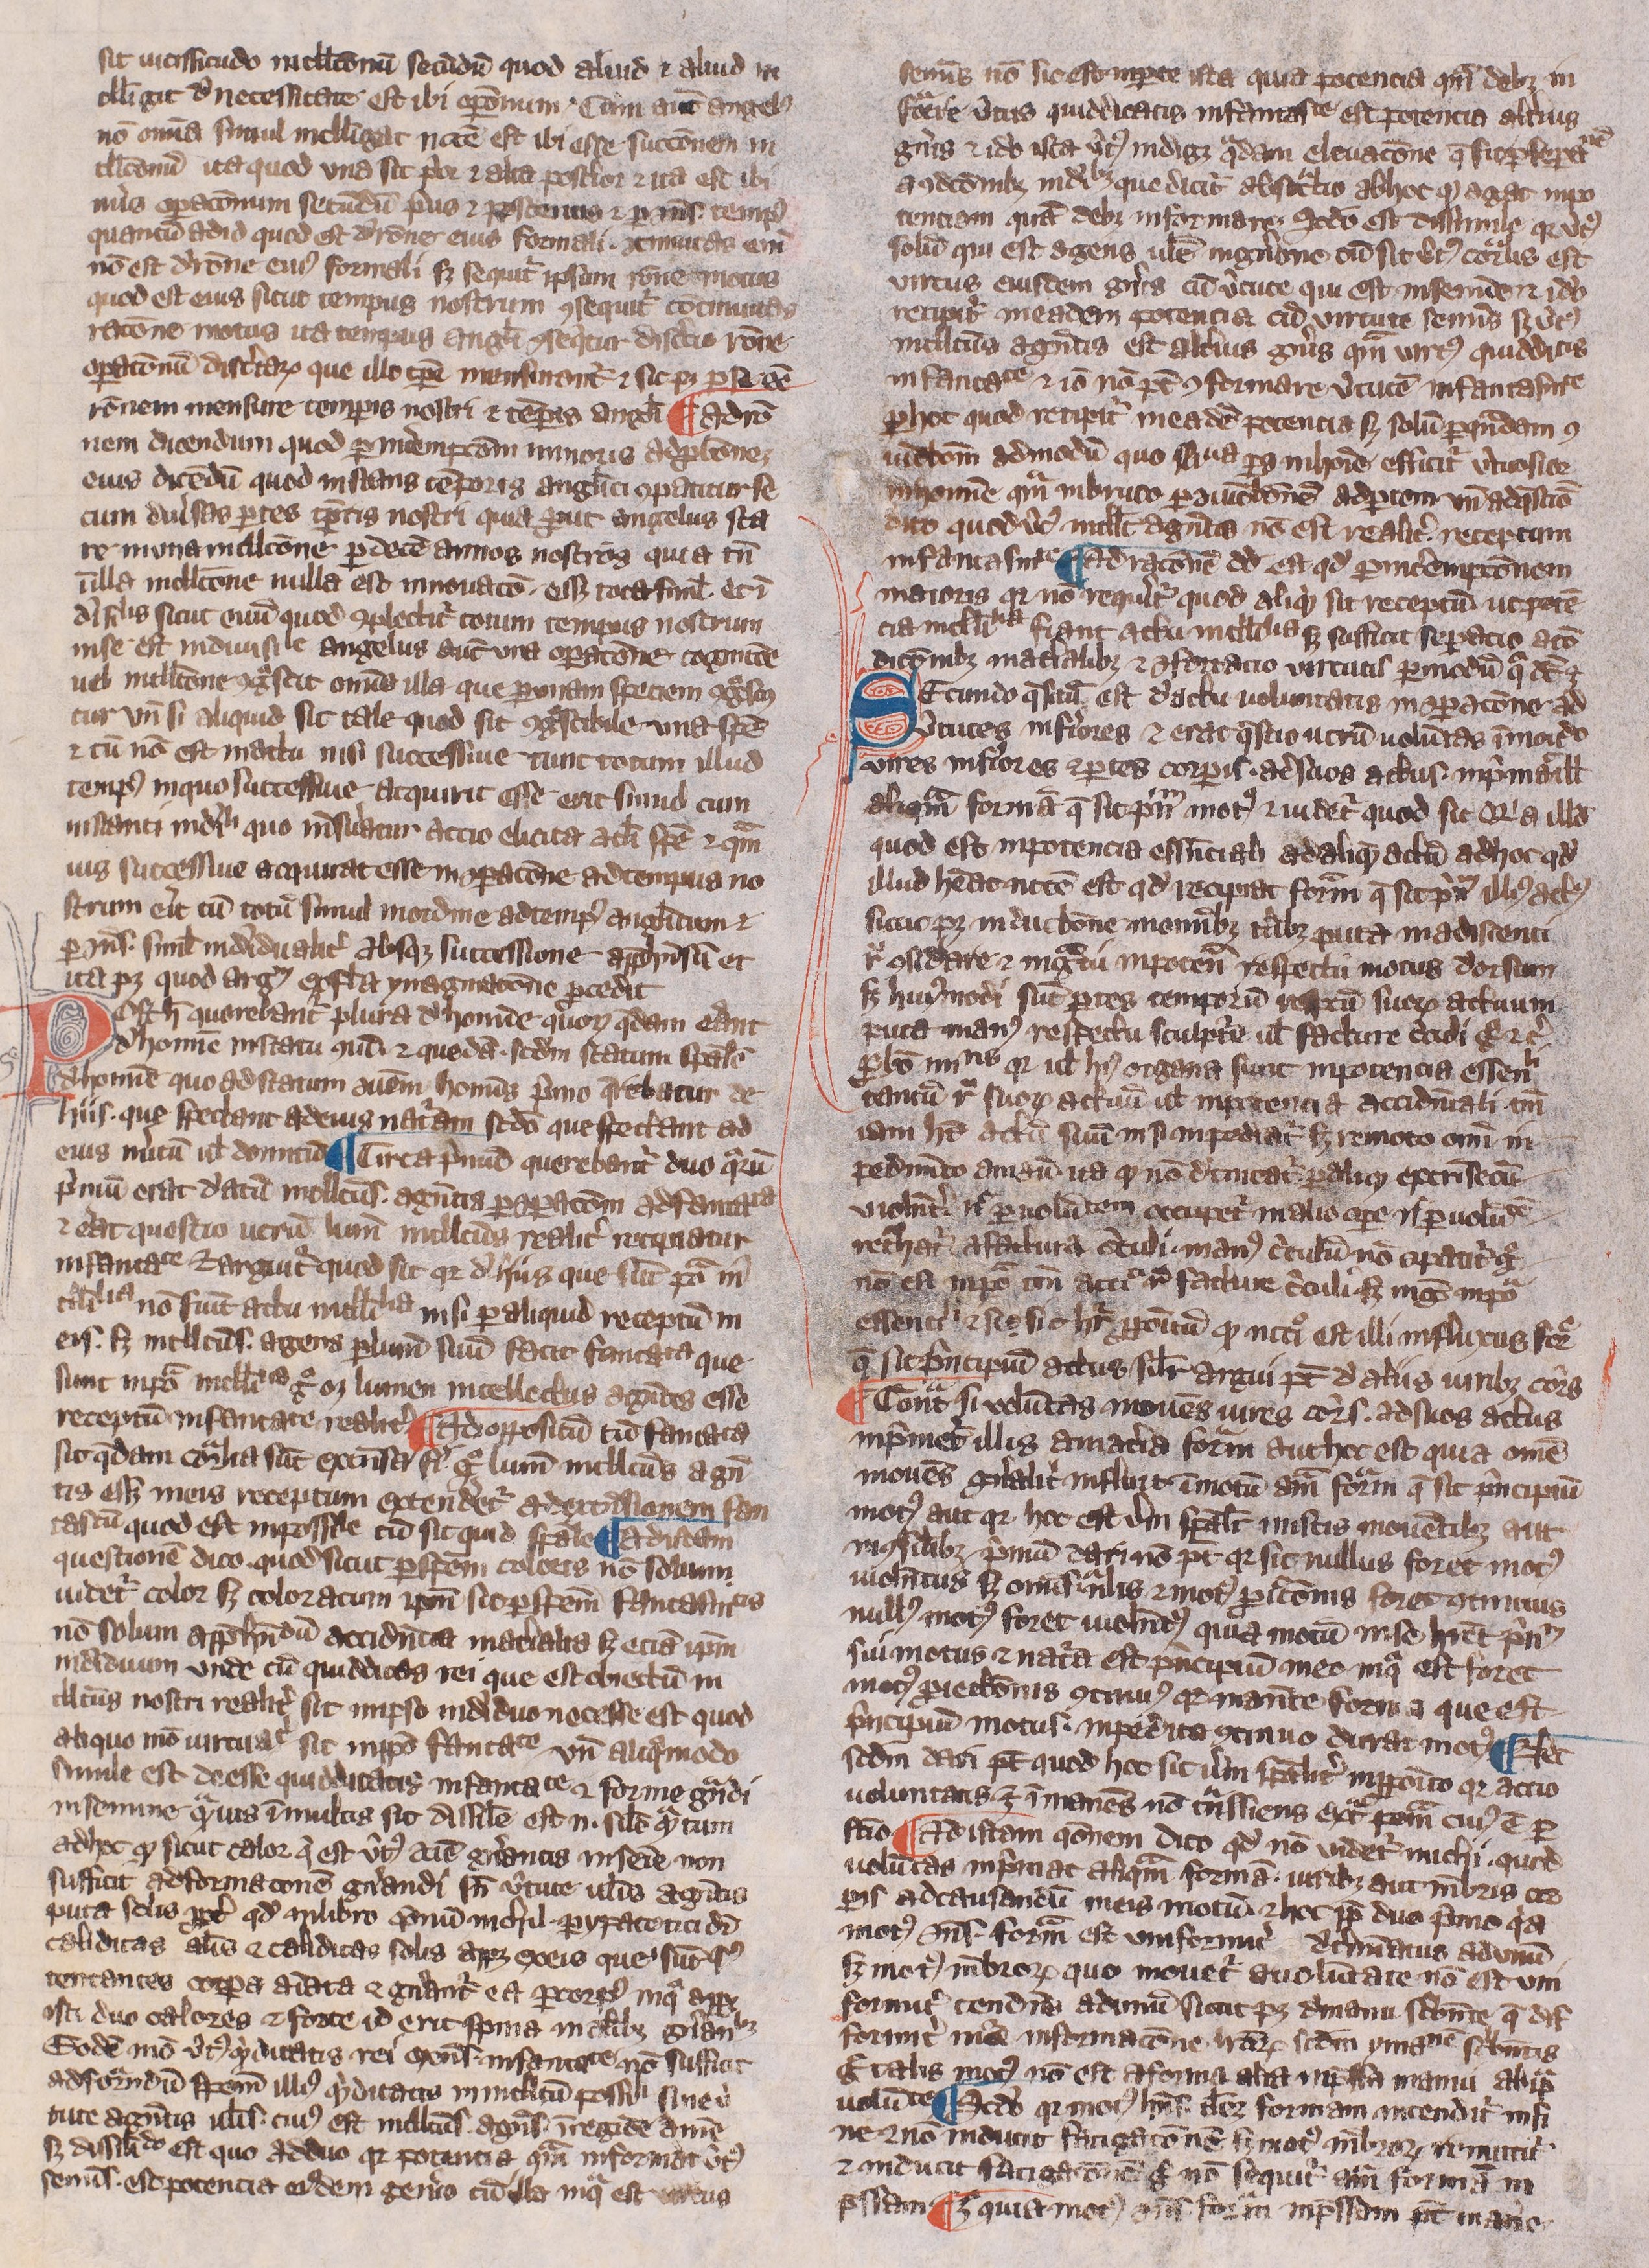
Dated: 1300–1399